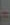
-